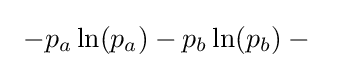
\ -p_{a}\ln(p_{a})-p_{b}\ln(p_{b})-{}\